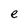
Character: e